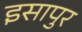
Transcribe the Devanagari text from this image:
इसापुर